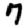
Digit: 7